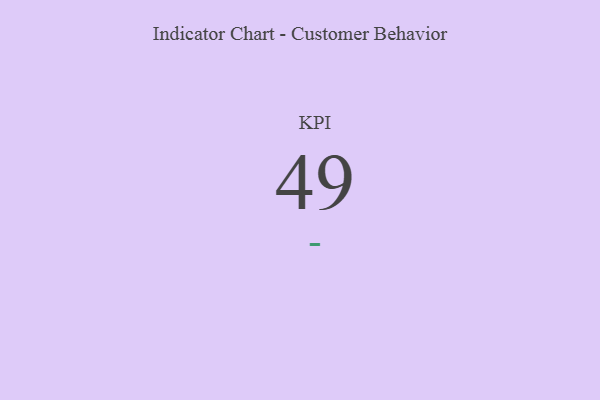
{"axis": {"x": "KPI", "y": "Value"}, "legend": [""], "data": [{"x": "KPI", "y": 49, "type": ""}]}